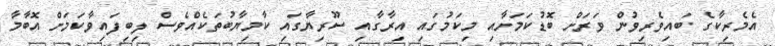
އެމެރިކާގެ ބައިވެރިވުން ވަރަށް ބޮޑުކަމަށާއި މިކަމުގައި އިރާގާއި ސޫރިޔާގައި ކާމިޔާބުތަކެއްވެސް ލިބިފައިވާކަމަށް އޮބާމާ